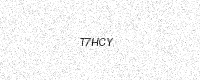
Text: T7HCY